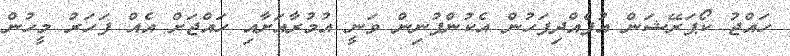
ހައްޖު ކޯޕަރޭޝަން އުފެއްދިފަހުން އެކުންފުނިން ވަނީ އުމުރާއަށާއި ހައްޖަށް އެއް ފަހަރު މީހުން